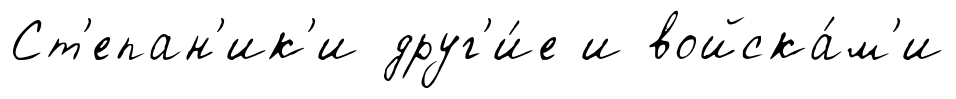
Ст'епан'ик'и друг'и́е и войска́м'и